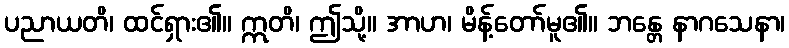
ပညာယတိ၊ ထင်ရှား၏။ ဣတိ၊ ဤသို့။ အာဟ၊ မိန့်တော်မူ၏။ ဘန္တေ နာဂသေနာ၊